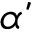
\acute { \alpha }